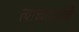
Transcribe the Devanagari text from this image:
त्याच्यामागेही